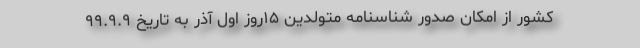
کشور از امکان صدور شناسنامه متولدین ۱۵روز اول آذر به تاریخ ۹۹.۹.۹